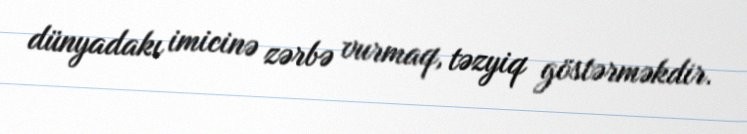
dünyadakı imicinə zərbə vurmaq, təzyiq göstərməkdir.